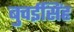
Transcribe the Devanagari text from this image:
बुचईसिंह